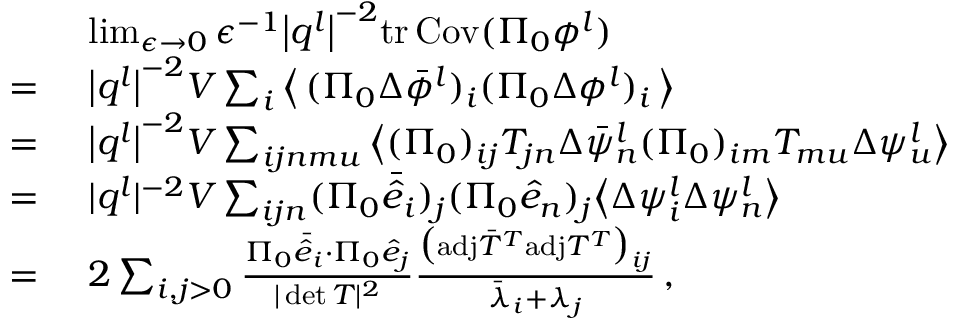
\begin{array} { r l } & { ~ \operatorname* { l i m } _ { \epsilon \rightarrow 0 } \epsilon ^ { - 1 } \big \vert \boldsymbol { q } ^ { l } \big \vert ^ { - 2 } \mathrm { t r } \, { \mathrm { C o v } ( \Pi _ { 0 } { \phi } ^ { l } ) } } \\ { = } & { ~ \big \vert \boldsymbol { q } ^ { l } \big \vert ^ { - 2 } V \sum _ { i } \big \langle \, ( \Pi _ { 0 } \Delta \bar { \phi } ^ { l } ) _ { i } ( \Pi _ { 0 } \Delta { \phi } ^ { l } ) _ { i } \, \big \rangle } \\ { = } & { ~ \big \vert \boldsymbol { q } ^ { l } \big \vert ^ { - 2 } V \sum _ { i j n m u } \big \langle ( \Pi _ { 0 } ) _ { i j } T _ { j n } \Delta \bar { \psi } _ { n } ^ { l } ( \Pi _ { 0 } ) _ { i m } T _ { m u } \Delta \psi _ { u } ^ { l } \big \rangle } \\ { = } & { ~ \vert \boldsymbol { q } ^ { l } \vert ^ { - 2 } V \sum _ { i j n } ( \Pi _ { 0 } \bar { \hat { e } } _ { i } ) _ { j } ( \Pi _ { 0 } \hat { e } _ { n } ) _ { j } \big \langle \Delta \psi _ { i } ^ { l } \Delta \psi _ { n } ^ { l } \big \rangle } \\ { = } & { ~ 2 \sum _ { i , j > 0 } \frac { \Pi _ { 0 } \bar { \hat { e } } _ { i } \cdot \Pi _ { 0 } \hat { e } _ { j } } { \vert \operatorname* { d e t } T \vert ^ { 2 } } \frac { \big ( \mathrm { a d j } \bar { T } ^ { T } \mathrm { a d j } T ^ { T } \big ) _ { i j } } { \bar { \lambda } _ { i } + \lambda _ { j } } \, , } \end{array}